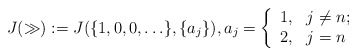
\begin{align*}J(\gg):=J(\{1,0,0,\ldots\},\{a_j\}), a_j=\left\{ \begin{array}{ll} 1, & j\not= n; \\ 2, & j=n \end{array}\right.\end{align*}